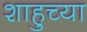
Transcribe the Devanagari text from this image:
शाहुच्या